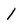
Character: 1